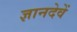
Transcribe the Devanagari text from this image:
ज्ञानदेवें